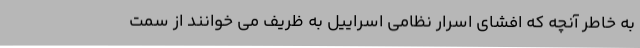
به خاطر آنچه که افشای اسرار نظامی اسراییل به ظریف می خوانند از سمت